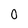
Character: O